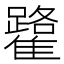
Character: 𩁐